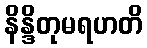
နိန္ဒိတုမရဟတိ